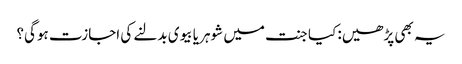
یہ بھی پڑھیں: کیا جنت میں شوہر یا بیوی بدلنے کی اجازت ہوگی؟